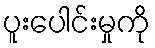
ပူးပေါင်းမှုကို